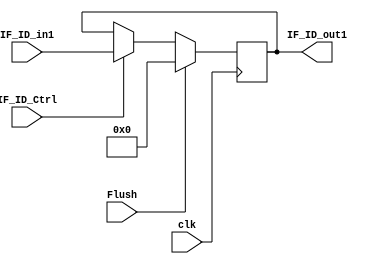



module Register_IF_ID(clk,IF_ID_in1,IF_ID_Ctrl,IF_ID_out1,Flush);
    input clk;
    input IF_ID_Ctrl,Flush;
    input [63:0]IF_ID_in1;
    output reg [63:0]IF_ID_out1;
    always@(posedge clk)
    begin
    if (Flush)
    IF_ID_out1 = 64'b0;
    else if (~Flush)
    begin
    if(IF_ID_Ctrl)
     IF_ID_out1<=IF_ID_in1;
     end
    end
endmodule